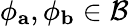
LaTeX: \phi_{\mathbf{a}},\phi_{\mathbf{b}}\in\mathcal{B}